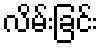
လိမ်းခြင်း